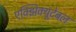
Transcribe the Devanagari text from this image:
एक्झिक्यूटेबल